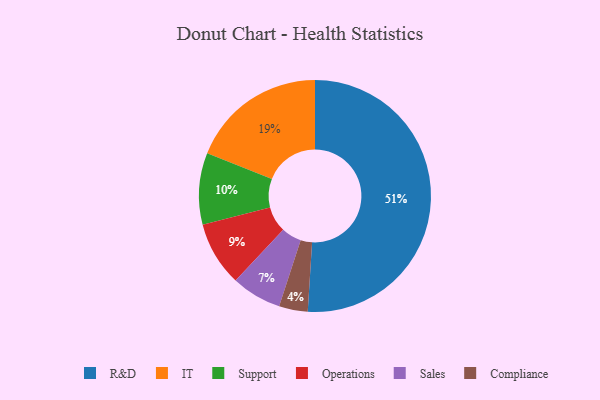
{"axis": {"x": "Category", "y": "Percentage"}, "legend": ["Compliance", "IT", "Operations", "R&D", "Sales", "Support"], "data": [{"x": "Sales", "y": 7, "type": "Sales"}, {"x": "Operations", "y": 9, "type": "Operations"}, {"x": "Compliance", "y": 4, "type": "Compliance"}, {"x": "IT", "y": 19, "type": "IT"}, {"x": "R&D", "y": 51, "type": "R&D"}, {"x": "Support", "y": 10, "type": "Support"}]}